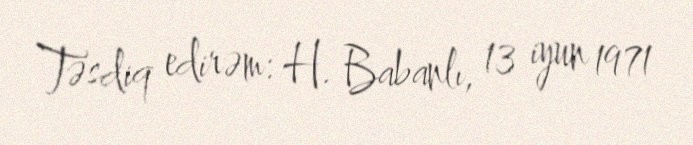
Təsdiq edirəm: H. Babanlı, 13 iyun 1971